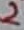
Text: 2